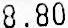
8.80